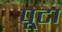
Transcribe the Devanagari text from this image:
पूटा